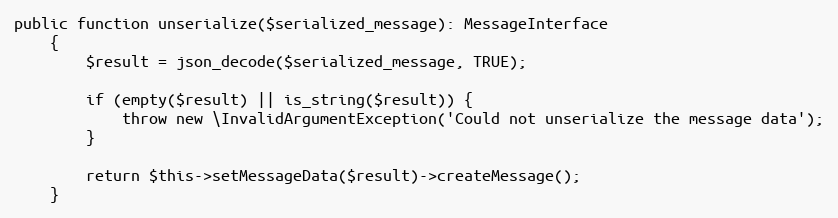
Language: PHP
public function unserialize($serialized_message): MessageInterface
    {
        $result = json_decode($serialized_message, TRUE);

        if (empty($result) || is_string($result)) {
            throw new \InvalidArgumentException('Could not unserialize the message data');
        }

        return $this->setMessageData($result)->createMessage();
    }